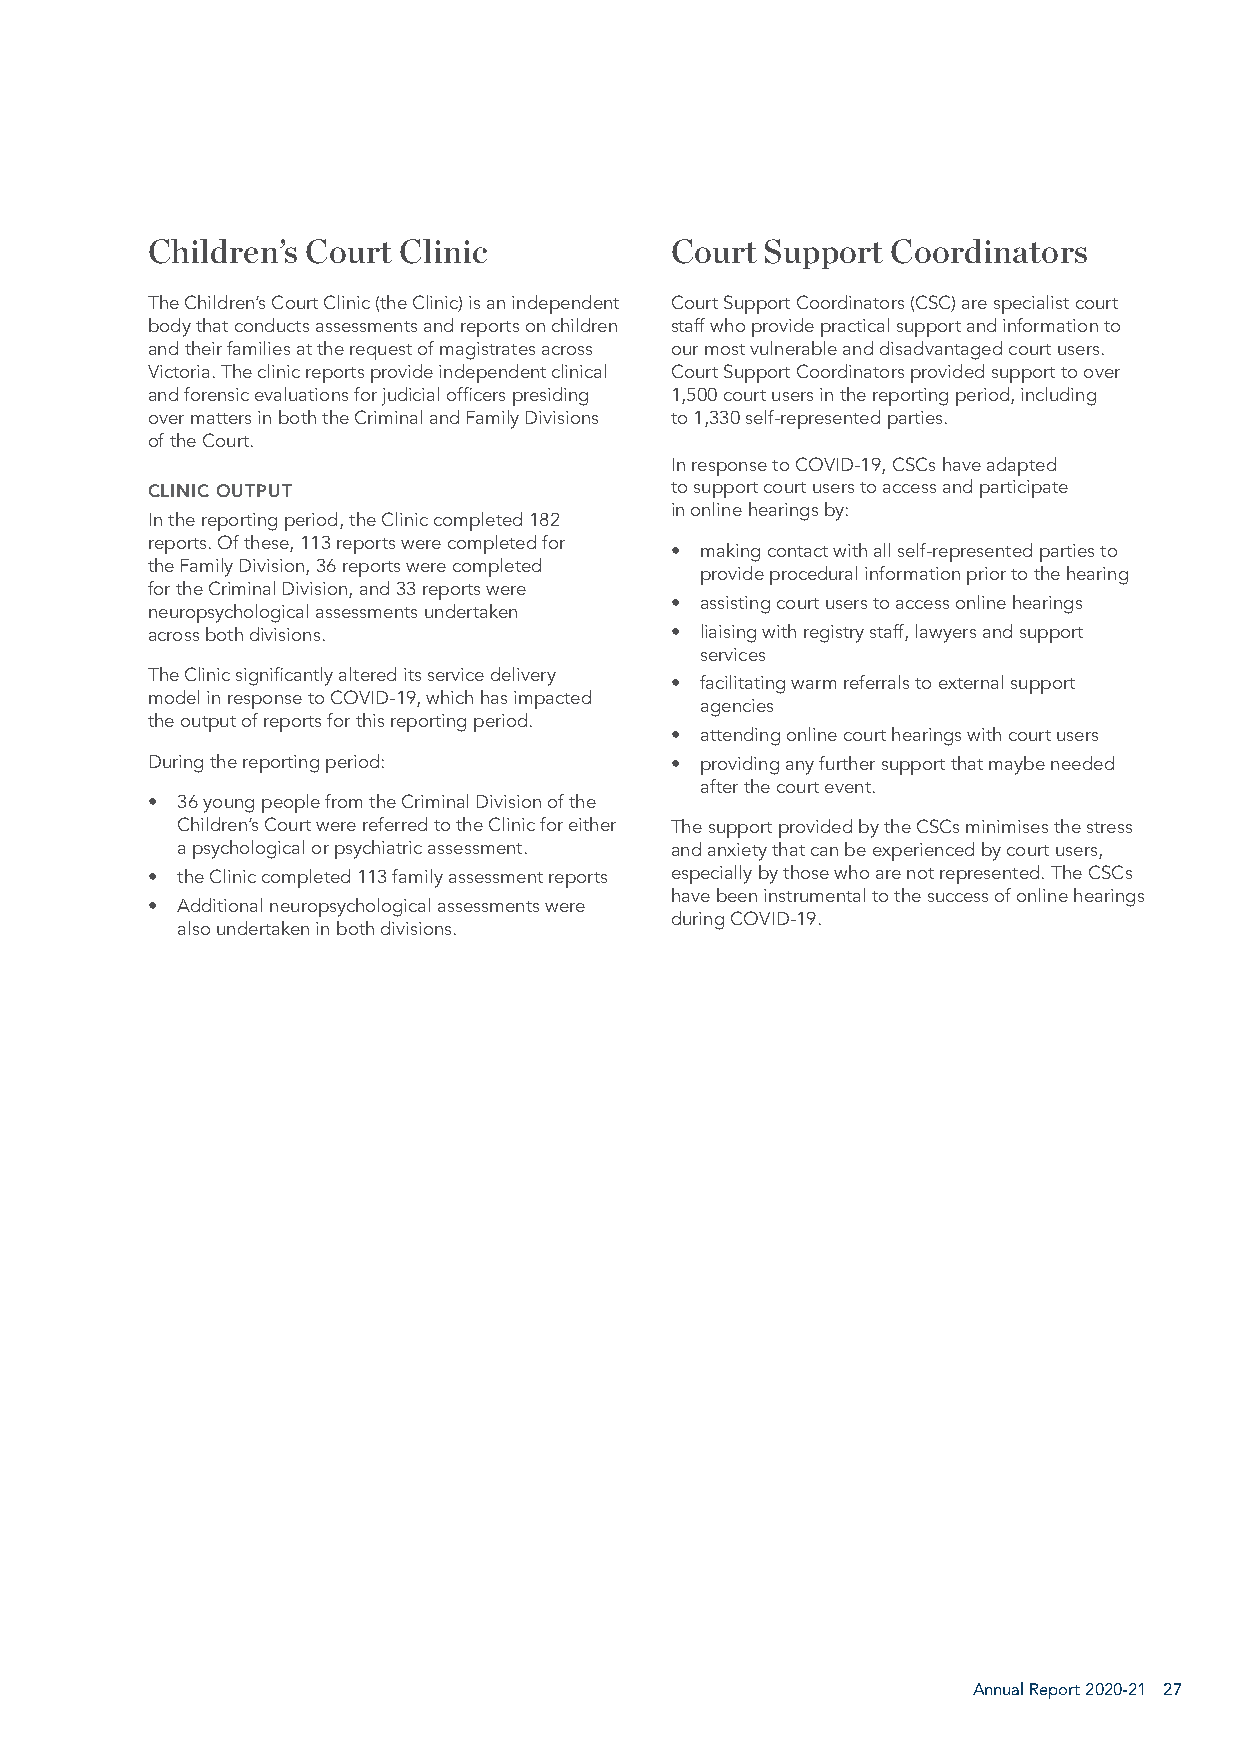
Children’s Court Clinic           Court  Support Coordinators
 The Children’s Court Clinic (the Clinic) is an independent Court Support Coordinators (CSC) are specialist court
 body that conducts assessments and reports on children staff who provide practical support and information to
 and their families at the request of magistrates across our most vulnerable and disadvantaged court users.
 Victoria. The clinic reports provide independent clinical Court Support Coordinators provided support to over
 and forensic evaluations for judicial officers presiding 1,500 court users in the reporting period, including
 over matters in both the Criminal and Family Divisions to 1,330 self-represented parties.
 of the Court.
 In response to COVID-19, CSCs have adapted
 CLINIC OUTPUT                     to support court users to access and participate
 in online hearings by:
 In the reporting period, the Clinic completed 182
 reports. Of these, 113 reports were completed for
 • making contact with all self-represented parties to
 the Family Division, 36 reports were completed
 provide procedural information prior to the hearing
 for the Criminal Division, and 33 reports were
 • assisting court users to access online hearings
 neuropsychological assessments undertaken
 across both divisions.            • liaising with registry staff, lawyers and support
 services
 The Clinic significantly altered its service delivery
 • facilitating warm referrals to external support
 model in response to COVID-19, which has impacted
 agencies
 the output of reports for this reporting period.
 • attending online court hearings with court users
 During the reporting period:      • providing any further support that maybe needed
 after the court event.
 • 36 young people from the Criminal Division of the
 Children’s Court were referred to the Clinic for either The support provided by the CSCs minimises the stress
 a psychological or psychiatric assessment. and anxiety that can be experienced by court users,
 • the Clinic completed 113 family assessment reports especially by those who are not represented. The CSCs
 have been instrumental to the success of online hearings
 • Additional neuropsychological assessments were
 during COVID-19.
 also undertaken in both divisions.
 Annual Report 2020-21 27